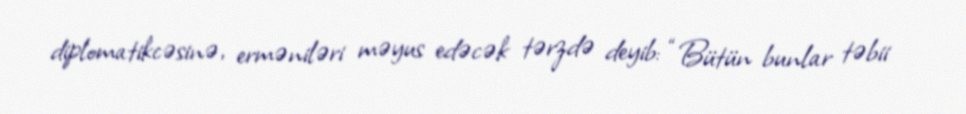
diplomatikcəsinə, erməniləri məyus edəcək tərzdə deyib: “Bütün bunlar təbii